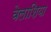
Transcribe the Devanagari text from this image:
वेलाशिया